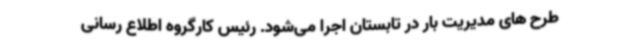
طرح های مدیریت بار در تابستان اجرا می‌شود. رئیس کارگروه اطلاع رسانی